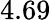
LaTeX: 4.69